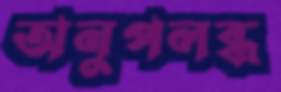
অনুপলব্ধ